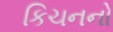
કિચનનો